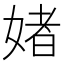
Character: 媎